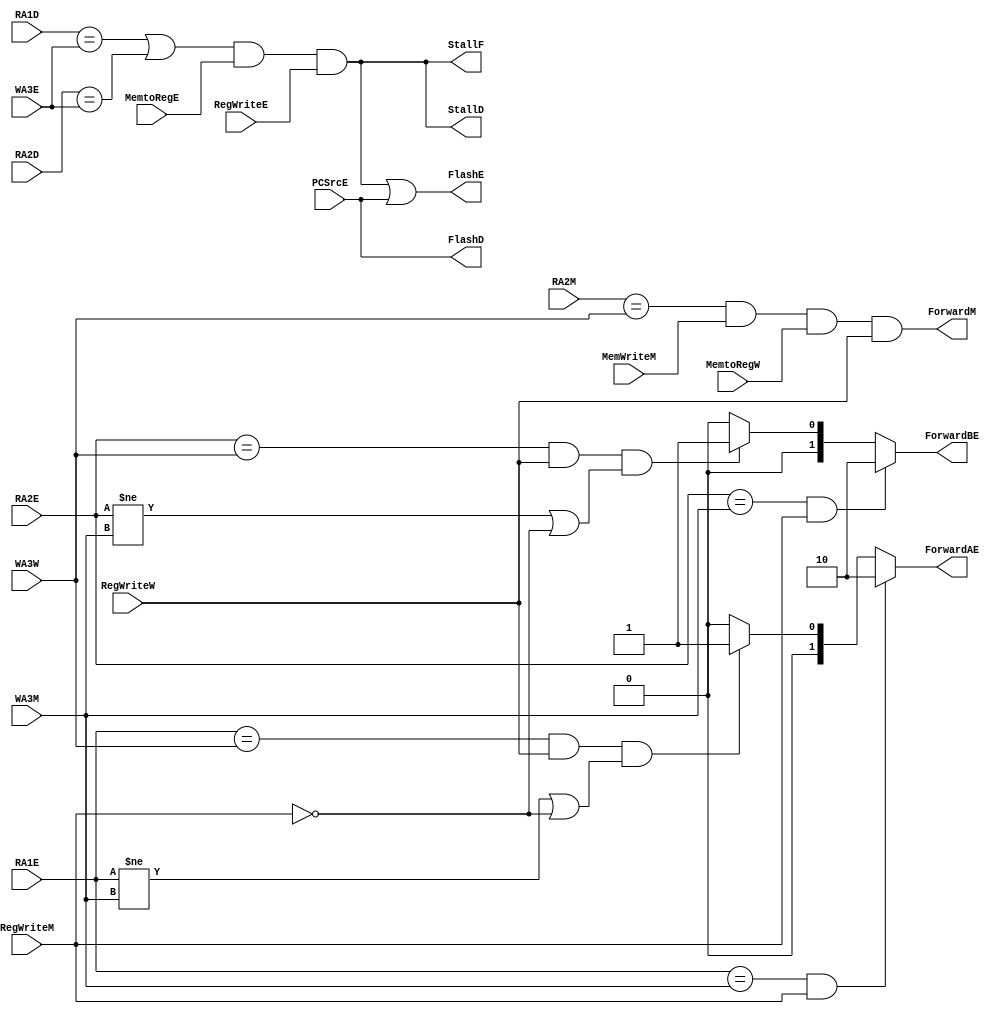
`timescale 1ns / 1ps
//////////////////////////////////////////////////////////////////////////////////
// Company: 
// Engineer: 
// 
// Design Name: 
// Module Name: HazardUnit
// Project Name: 
// Target Devices: 
// Tool Versions: 
// Description: 
// 
// Dependencies: 
// 
// Revision:
// Revision 0.01 - File Created
// Additional Comments:
// 
//////////////////////////////////////////////////////////////////////////////////


module HazardUnit(
    input [3:0] RA1D,
    input [3:0] RA2D,
    input [3:0] RA1E,
    input [3:0] RA2E,
    input [3:0] WA3E,
    input MemtoRegE,
    input RegWriteE,
    input PCSrcE,
    input [3:0] WA3M,
    input RegWriteM,
    input [3:0] RA2M,
    input MemWriteM,
    input [3:0] WA3W,
    input RegWriteW,
    input MemtoRegW,
    
    output StallF,
    output StallD,
    output FlashD,
    output FlashE,
    output [1:0] ForwardAE,
    output [1:0] ForwardBE,
    output ForwardM
);
wire Match_1E_M;
wire Match_2E_M;
assign Match_1E_M = (RA1E == WA3M);
assign Match_2E_M = (RA2E == WA3M);
wire Match_1E_W;
wire Match_2E_W;
assign Match_1E_W = (RA1E == WA3W);
assign Match_2E_W = (RA2E == WA3W);
assign ForwardAE = (Match_1E_M & RegWriteM) ? 2'b10:
                   (Match_1E_W & RegWriteW) & ((RA1E!=WA3M)||(!RegWriteM)) ? 2'b01:
                   2'b00;
assign ForwardBE = (Match_2E_M & RegWriteM) ? 2'b10:
                   (Match_2E_W & RegWriteW) & ((RA2E!=WA3M)||(!RegWriteM))? 2'b01:
                   2'b00;
assign ForwardM = (RA2M == WA3W) & MemWriteM & MemtoRegW & RegWriteW;
wire Match_12D_E;
assign Match_12D_E = (RA1D == WA3E) || (RA2D == WA3E);
wire ldrstall;
assign ldrstall = Match_12D_E & MemtoRegE & RegWriteE;
assign StallF = ldrstall;
assign StallD = ldrstall;
assign FlashE = ldrstall || PCSrcE;
assign FlashD = PCSrcE;


endmodule